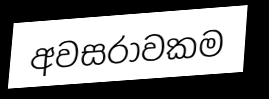
අවසරාවකම